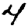
Digit: 4